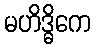
မဟိဒ္ဓိကေ